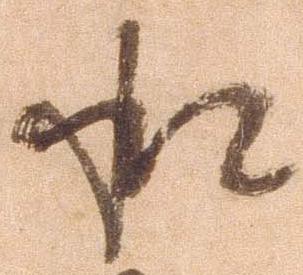
承